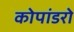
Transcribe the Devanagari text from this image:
कोपांडरो